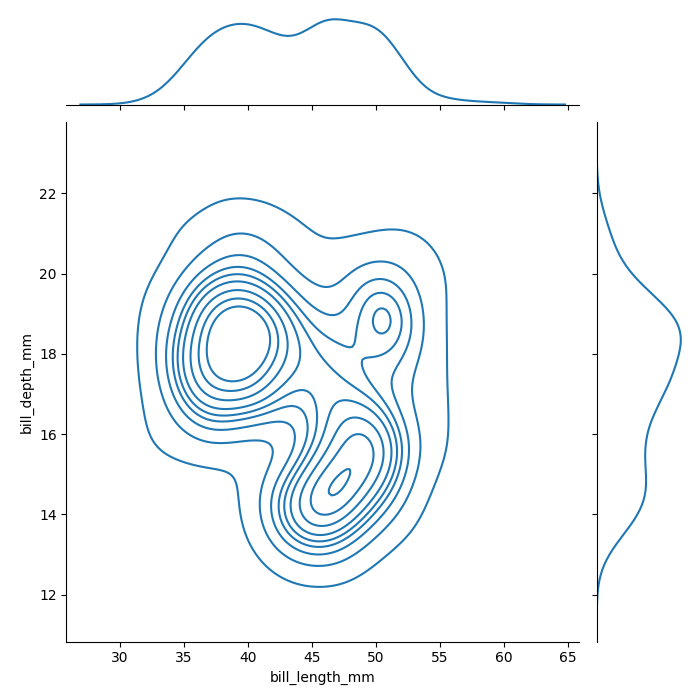
python, seaborn, jointplot, kind='kde', height='7', ratio='5', marginal_ticks='False'